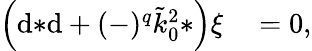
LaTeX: \begin{array}{rl}{\Big(\mathrm{d}{*\mathrm{d}}+(-)^{q}\tilde{k}_{0}^{2}{*}\Big)\xi}&{{}=0,}\end{array}